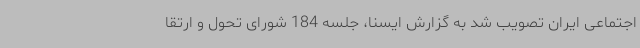
اجتماعی ایران تصویب شد به گزارش ایسنا، جلسه 184 شورای تحول و ارتقا